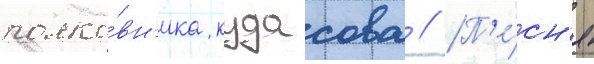
полко́вн'ика кудасова // П'е́сн'я